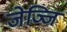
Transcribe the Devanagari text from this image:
जेञ्जि